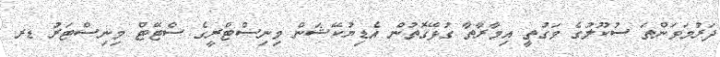
ދަރުމަވަންތަ ސުކޫލުގެ ވަގުތީ އިމާރާތާ ގުޅޭގޮތުން އެޑިޔުކޭޝަން މިނިސްޓްރީގެ ސްޓޭޓް މިނިސްޓަރު ޑރ.